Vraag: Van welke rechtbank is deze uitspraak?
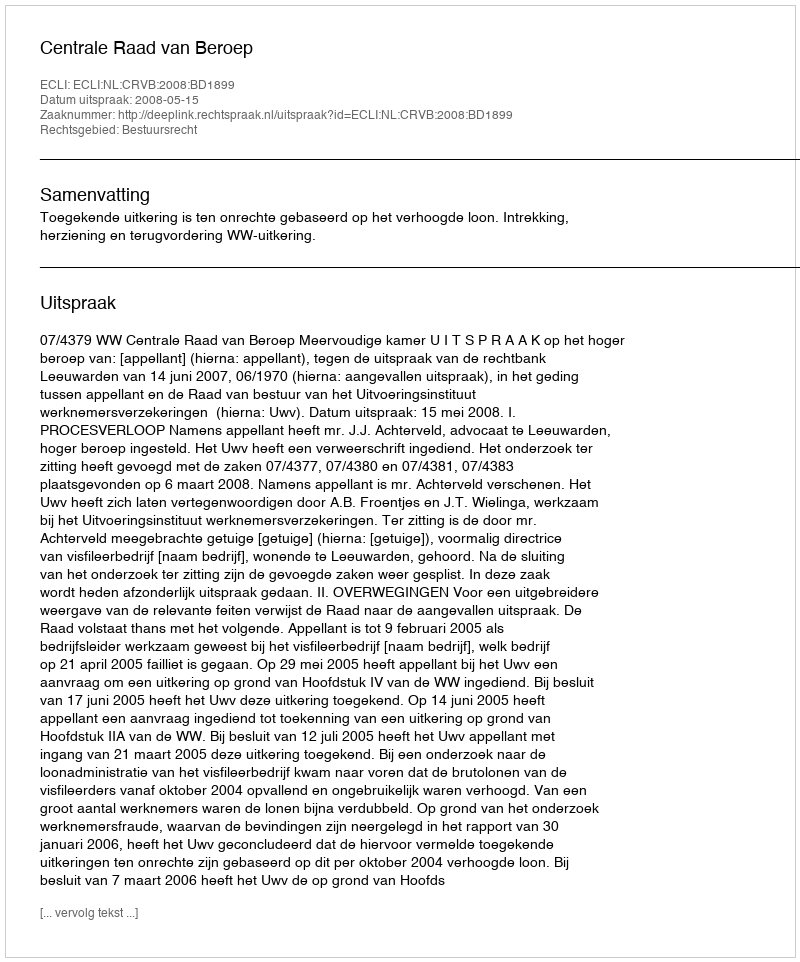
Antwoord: Centrale Raad van Beroep